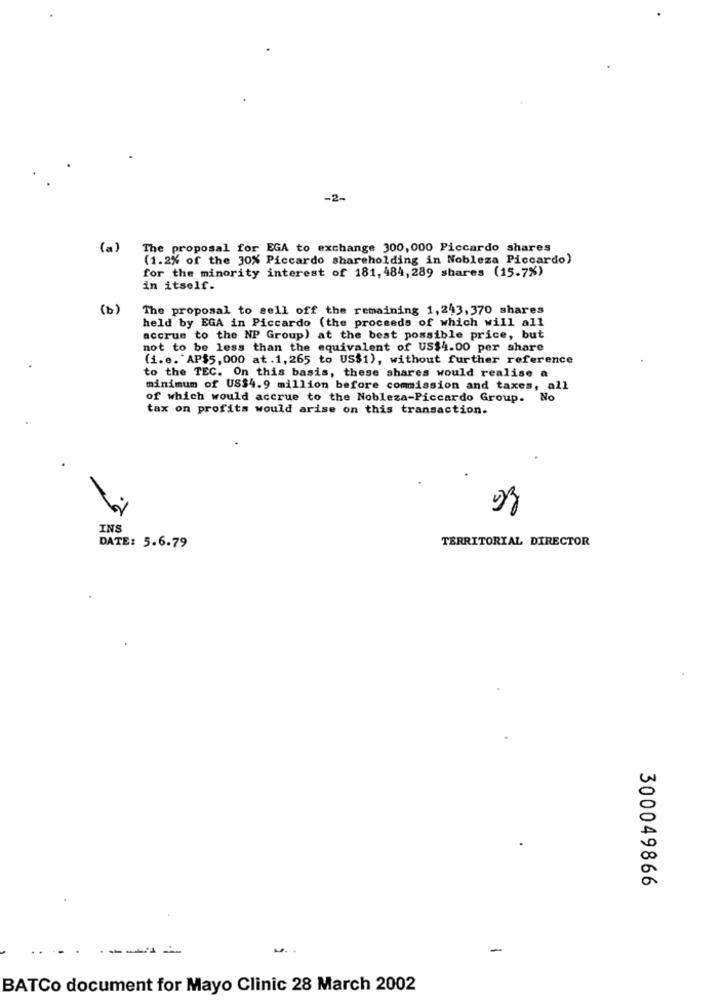
-2-
(a)
The proposal for EGA to exchange 300,000 Piccardo shares
(1.2% of the 30% Piccardo shareholding in Nobleza Piccardo)
for the minority interest of 181, 484, 289 shares (15.7%)
in itself.
(b)
The proposal to sell off the remaining 1,243,370 shares
held by EGA in Piccardo (the proceeds of which will all
accrue to the NP Group) at the best possible price, but
not to be less than the equivalent of US$4.00 per share
(i.e. AP$5, 000 at .1, 265 to US$1), without further reference
to the TEC. On this basis, these shares would realise a
minimum of US$4.9 million before commission and taxes, all
of which would accrue to the Nobleza-Piccardo Group. No
tax on profits would arise on this transaction.
INS
TERRITORIAL DIRECTOR
DATE: 5.6.79
300049866
----
-
BATCo document for Mayo Clinic 28 March 2002